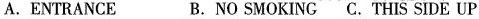
A.ENTRANCE B.NO SMOKING C. THIS SIDE UP